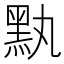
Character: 𪐟